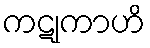
ကဋုကာဟိ